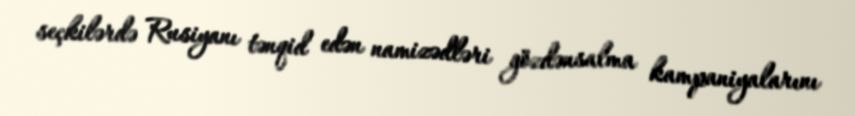
seçkilərdə Rusiyanı tənqid edən namizədləri gözdənsalma kampaniyalarını